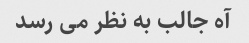
آه جالب به نظر می رسد